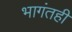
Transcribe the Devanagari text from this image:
भागंतही